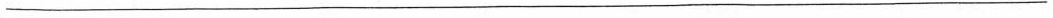
___